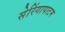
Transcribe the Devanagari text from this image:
सेरिंगापाटम